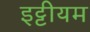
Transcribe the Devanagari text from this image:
इट्टीयम